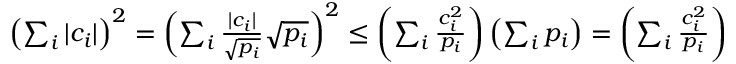
\begin{array} { r } { \left( \sum _ { i } | c _ { i } | \right) ^ { 2 } = \left( \sum _ { i } \frac { | c _ { i } | } { \sqrt { p _ { i } } } \sqrt { p _ { i } } \right) ^ { 2 } \leq \left( \sum _ { i } \frac { c _ { i } ^ { 2 } } { p _ { i } } \right) \left( \sum _ { i } p _ { i } \right) = \left( \sum _ { i } \frac { c _ { i } ^ { 2 } } { p _ { i } } \right) } \end{array}